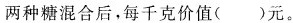
两种糖混合后，每千克价值( )元。